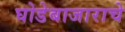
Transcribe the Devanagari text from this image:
घोडेबाजाराचे